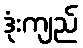
ဒုံးကျည်